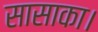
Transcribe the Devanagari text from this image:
सासाका।